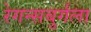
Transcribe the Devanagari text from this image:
रेगन्सबुर्गला